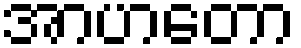
အာဟတော